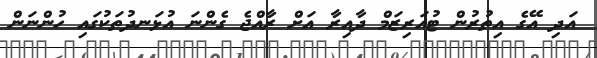
އަދި އޭގެ އިތުރުން ޓުއަރިޒަމް ދާއިރާ އަށް ރާއްޖެ ގެންނަ އުޅަނދުތަކުގައި ހުންނަން